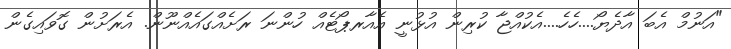
"އަނުމް އެބަ އާދެޔޯ....ހެހެ....އެކުއްޖާ ކުރިން އުޅުނީ އެއާރޕޯޓެއް ހުންނަ ރަށެއްގައެއްނޫން. އެރަށުން ގޮވައިގެން